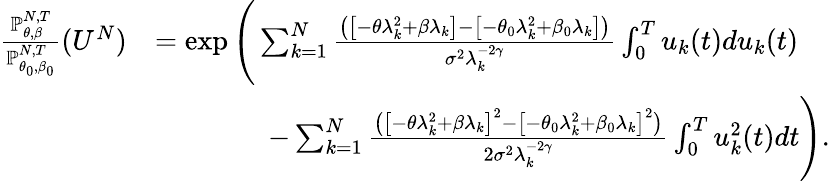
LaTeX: \begin{array}{rl}{\frac{\mathbb P_{\theta,\beta}^{N,T}}{\mathbb P_{\theta_{0},\beta_{0}}^{N,T}}(U^{N})}&{=\exp\Bigg(\sum_{k=1}^{N}\frac{\left(\big[-\theta\lambda_{k}^{2}+\beta\lambda_{k}\big]-\big[-\theta_{0}\lambda_{k}^{2}+\beta_{0}\lambda_{k}\big]\right)}{\sigma^{2}\lambda_{k}^{-2\gamma}}\int_{0}^{T}u_{k}(t)du_{k}(t)}\\ &{\qquad\qquad-\sum_{k=1}^{N}\frac{\left(\big[-\theta\lambda_{k}^{2}+\beta\lambda_{k}\big]^{2}-\big[-\theta_{0}\lambda_{k}^{2}+\beta_{0}\lambda_{k}\big]^{2}\right)}{2\sigma^{2}\lambda_{k}^{-2\gamma}}\int_{0}^{T}u_{k}^{2}(t)dt\Bigg).}\end{array}